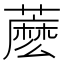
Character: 𧀋